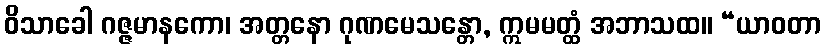
ဝိသာခေါ ဂဇ္ဇမာနကော၊ အတ္တနော ဂုဏမေသန္တော, ဣမမတ္ထံ အဘာသထ။ “ယာဝတာ